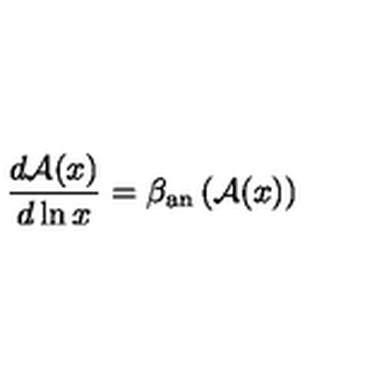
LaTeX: \frac { d { \cal A } ( x ) } { d \ln x } = \beta _ { \mathrm { a n } } \left( { \cal A } ( x ) \right)